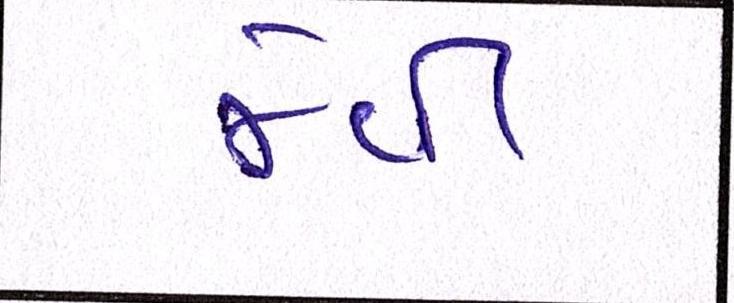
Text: જેવી